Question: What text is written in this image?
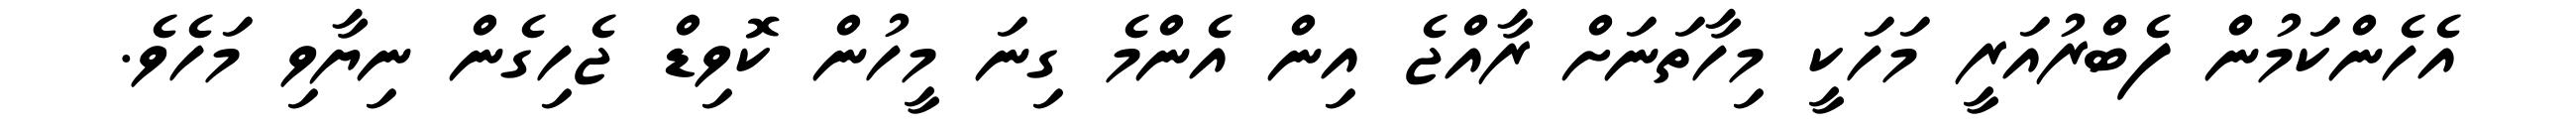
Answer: އެހެންކަމުން ފެބްރުއަރީ މަހަކީ މިހާތަނަށް ރާއްޖެ އިން އެންމެ ގިނަ މީހުން ކޮވިޑް ޖެހިގެން ނިޔާވި މަހެވެ.